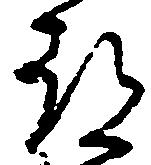
都